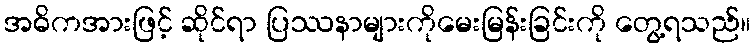
အဓိကအားဖြင့် ဆိုင်ရာ ပြဿနာများကိုမေးမြန်းခြင်းကို တွေ့ရသည်။